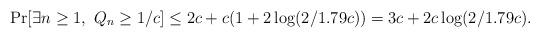
LaTeX: \begin{align*} \Pr[ \exists n \ge 1, \ Q_n \ge 1/c ] \le 2c + c(1 + 2\log (2/1.79c)) = 3c + 2 c \log (2/1.79c).\end{align*}